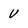
Character: U